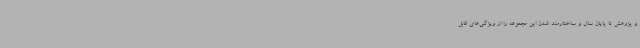
و پژوهش تا پایان سال و ساختارمند شدن این مجموعه را از ویژگی‌های قابل